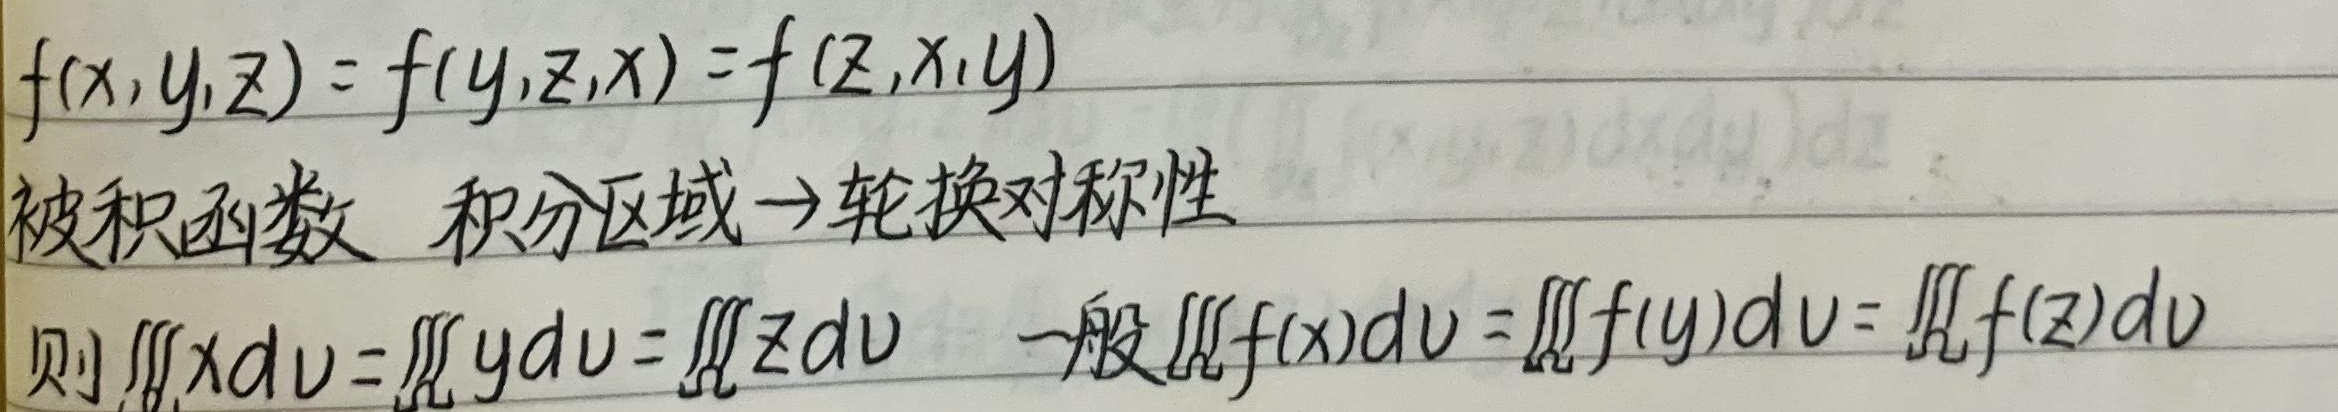
若\(f(x,y,z)=f(y,z,x)=f(z,x,y)\)（被积函数与积分区域具有轮换对称性），则\(\iiint xdv=\iiint ydv=\iiint zdv\) 。一般地，\(\iiint f(x)dv=\iiint f(y)dv=\iiint f(z)dv\) 。